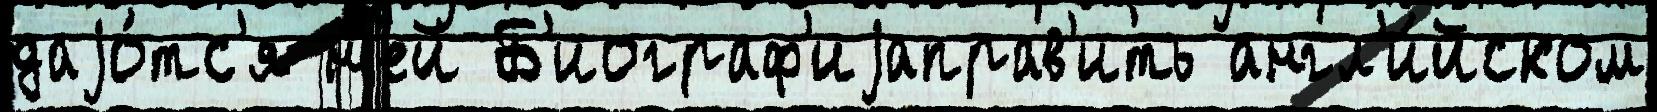
даjо́тс'я н'ей Б'иограф'иjаправ'ить англ'и́йском